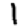
Digit: 1